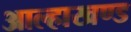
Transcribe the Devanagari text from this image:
आल्हाखण्ड